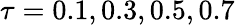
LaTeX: \tau=0.1,0.3,0.5,0.7